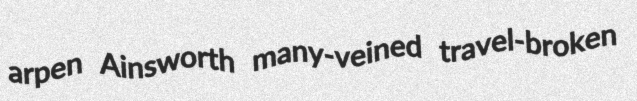
arpen Ainsworth many-veined travel-broken